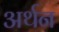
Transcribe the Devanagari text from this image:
अर्थन